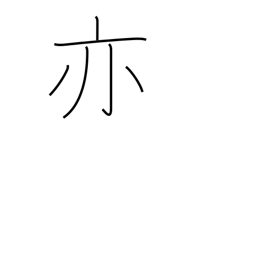
Meaning: again